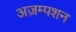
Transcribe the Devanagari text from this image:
अज़म्पशन